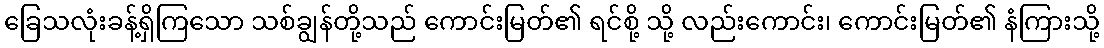
ခြေသလုံးခန့်ရှိကြသော သစ်ချွန်တို့သည် ကောင်းမြတ်၏ ရင်စို့ သို့ လည်းကောင်း၊ ကောင်းမြတ်၏ နံကြားသို့